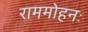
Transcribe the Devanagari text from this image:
राममोहनः